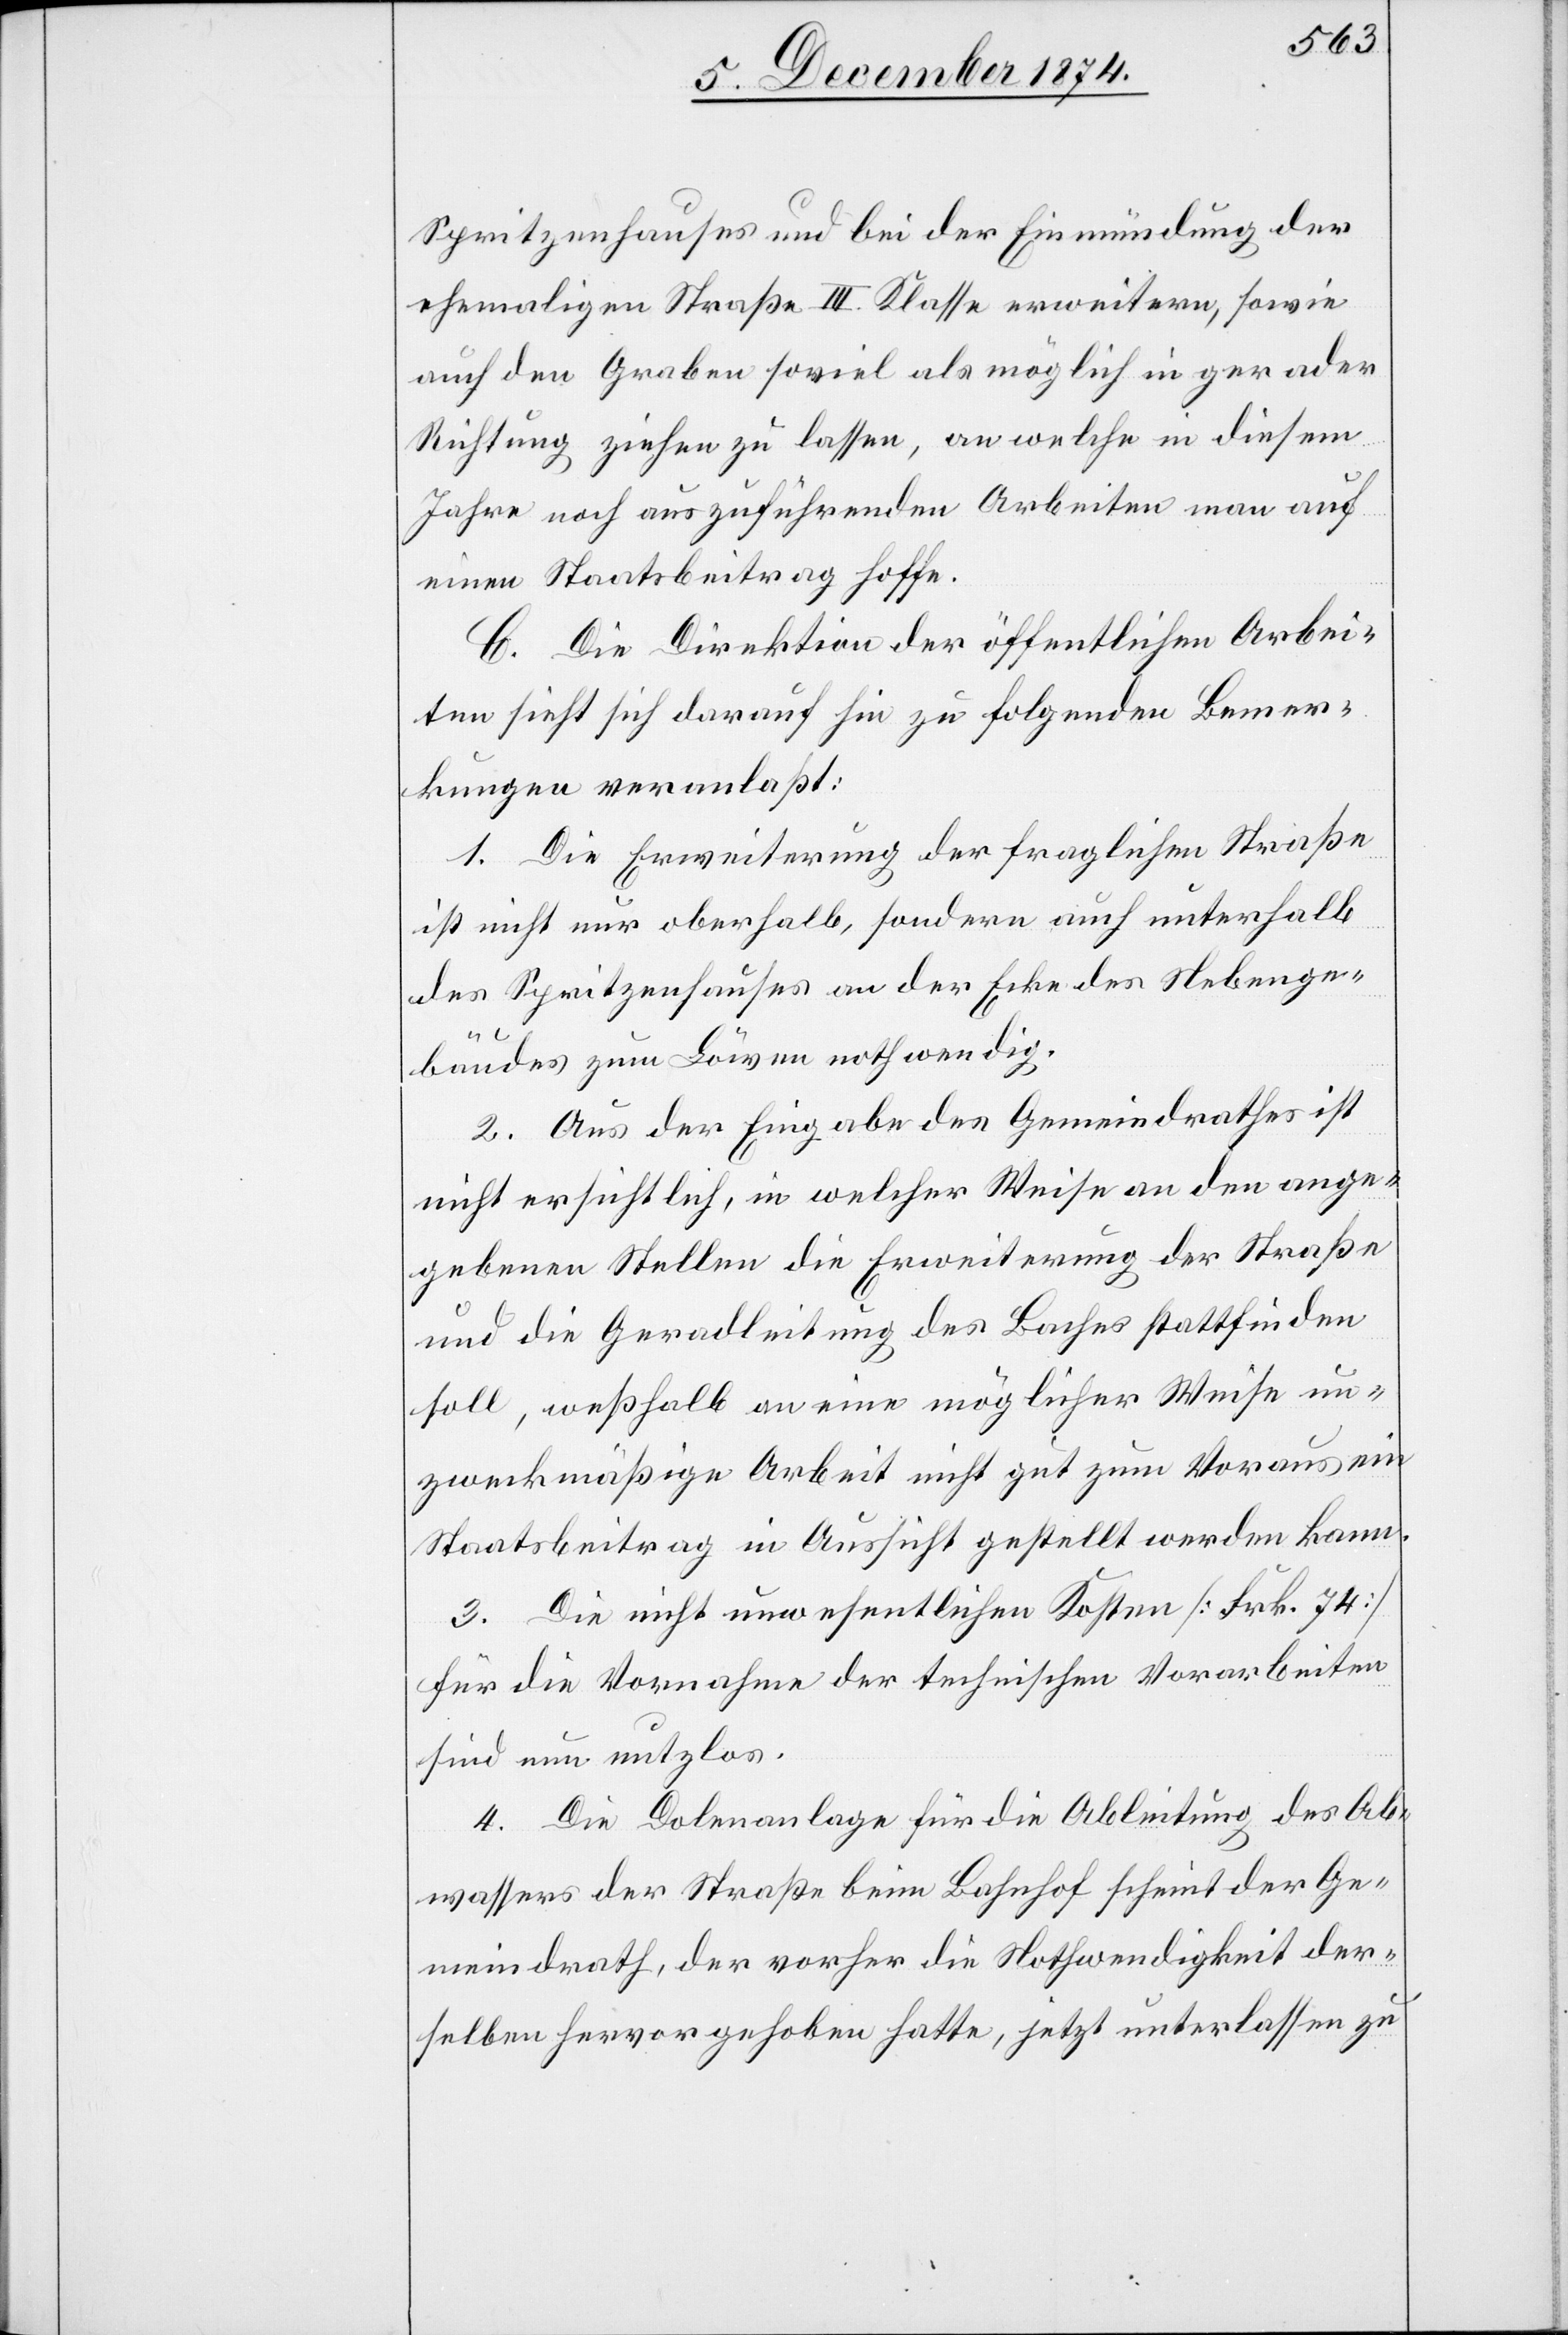
Spritzenhauses und bei der Einmündung der
ehemaligen Straße III. Klasse erweitern, sowie
auf den Graben so viel als möglich in gerader
Richtung ziehen zu lassen, an welche in diesem
Jahre noch auszuführenden Arbeiten man auf
einen Staatsbeitrag hoffe.
C. Die Direktion der öffentlichen Arbei¬
ten sieht sich darauf hin zu folgenden Bemer¬
kungen veranlaßt:
1. Die Erweiterung der fraglichen Straße
ist nicht nur oberhalb, sondern auch unterhalb
des Spritzenhauses an der Ecke des Nebenge¬
bäudes zum Löwen nothwendig.
2. Aus der Eingabe des Gemeindrathes ist
nicht ersichtlich, in welcher Weise an den ange¬
gebenen Stellen die Erweiterung der Straße
und die Geradleitung des Bachs stattfinden
soll, weßhalb an eine möglicher Weise un¬
zweckmäßige Arbeit nicht gut zum Voraus ein
Staatsbeitrag in Aussicht gestellt werden kann.
3. Die nicht unwesentlichen Kosten [Frk. 74]
für die Vornahme der technischen Vorarbeiten
sind nun nutzlos.
4. Die Dolenanlage für die Ableitung des Ab¬
wassers der Straße beim Bahnhof scheint der Ge¬
meindrath, der vorher die Nothwendigkeit der¬
selben hervorgehoben hatte, jetzt unterlassen zu